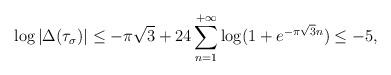
LaTeX: \begin{align*}\log\vert\Delta(\tau_\sigma)\vert\leq -\pi\sqrt{3}+24\sum_{n=1}^{+\infty}\log(1+e^{-\pi\sqrt{3}n})\leq -5,\end{align*}